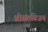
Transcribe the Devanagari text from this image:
श्रीसंतविजय